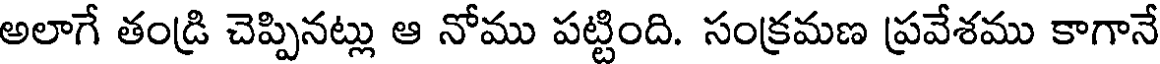
అలాగే తండ్రి చెప్పినట్లు ఆ నోము పట్టింది. సంక్రమణ ప్రవేశము కాగానే